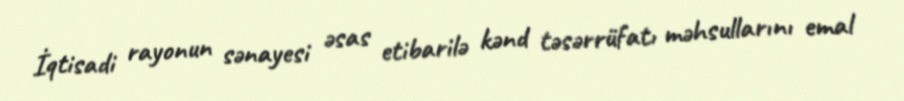
İqtisadi rayonun sənayesi əsas etibarilə kənd təsərrüfatı məhsullarını emal